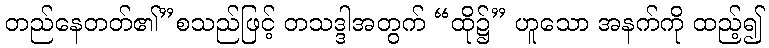
တည်နေတတ်၏”စသည်ဖြင့် တသဒ္ဒါအတွက် “ထို၌” ဟူသော အနက်ကို ထည့်၍